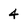
Character: 4